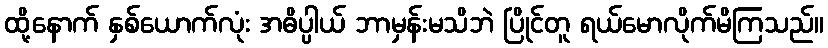
ထို့နောက် နှစ်ယောက်လုံး အဓိပ္ပါယ် ဘာမှန်းမသိဘဲ ပြိုင်တူ ရယ်မောလိုက်မိကြသည်။